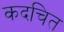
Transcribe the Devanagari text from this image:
कदचित